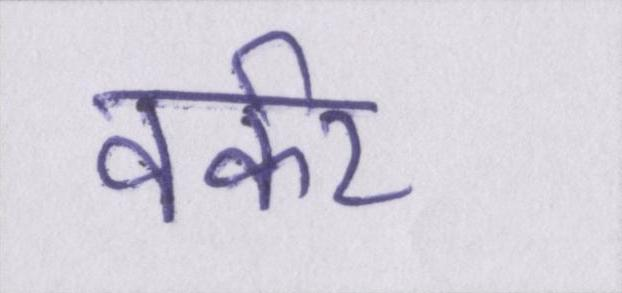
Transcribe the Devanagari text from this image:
वर्कर